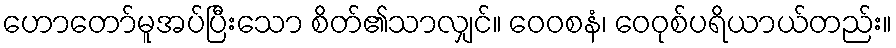
ဟောတော်မူအပ်ပြီးသော စိတ်၏သာလျှင်။ ဝေဝစနံ၊ ဝေဝုစ်ပရိယာယ်တည်း။